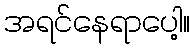
အရင်နေရာပေါ့။